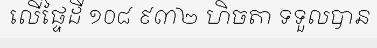
លើផ្ទៃដី ១០៨ ៩៣២ ហិចតា ទទួលបាន